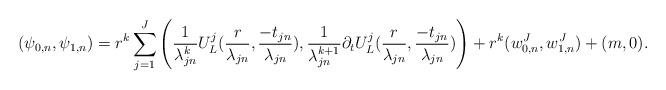
\begin{align*}(\psi_{0,n},\psi_{1,n})=r^k\sum_{j=1}^J\left(\frac{1}{\lambda^k_{jn}}U^j_L(\frac{r}{\lambda_{jn}},\frac{-t_{jn}}{\lambda_{jn}}),\frac{1}{\lambda_{jn}^{k+1}}\partial_tU^j_L(\frac{r}{\lambda_{jn}},\frac{-t_{jn}}{\lambda_{jn}})\right)+r^k(w^J_{0,n},w^J_{1,n})+(m,0).\end{align*}